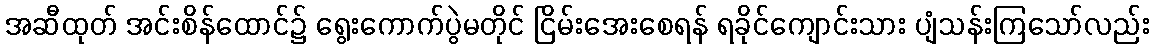
အဆီထုတ် အင်းစိန်ထောင်၌ ရွေးကောက်ပွဲမတိုင် ငြိမ်းအေးစေရန် ရခိုင်ကျောင်းသား ပျံသန်းကြသော်လည်း